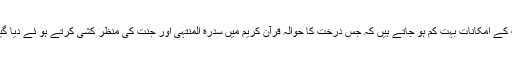
اب اگر بیری کی ساری خصوصیات اور کیفیات کو مد نظر رکھا جائے تو اس بات کے امکانات بہت کم ہو جاتے ہیں کہ جس درخت کا حوالہ قرآن کریم میں سدرة المنتہیٰ اور جنت کی منظر کشی کرتے ہو ئے دیا گیا ہے نیز سورة سباء میں سیلاب سے بچ جانے والا کہا گیا ہے وہ بیر ہو سکتا ہے ۔